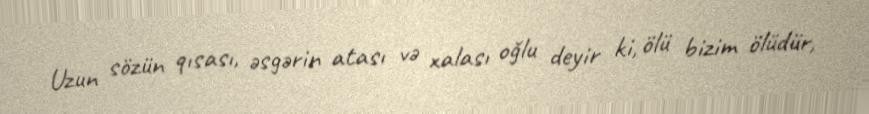
Uzun sözün qısası, əsgərin atası və xalası oğlu deyir ki, ölü bizim ölüdür,